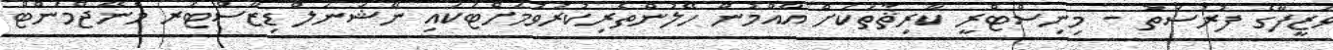
ވަޒީފާގެ ފުރުސަތު - މިނިސްޓްރީ ކާރިޘާތަކަށް އާއްމުން ހޭލުންތެރިކުރުވުމަށްޓަކައި ނޭޝަނަލް ޑިޒާސްޓަރ މެނޭޖްމަންޓް